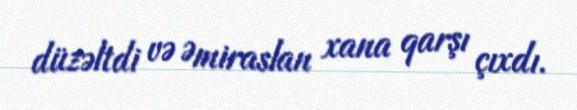
düzəltdi və Əmiraslan xana qarşı çıxdı.